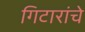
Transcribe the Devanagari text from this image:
गिटारांचे